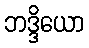
ဘဒ္ဒိယော